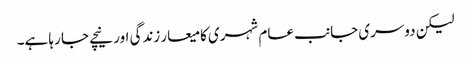
لیکن دوسری جانب عام شہری کا میعار زندگی اور نیچے جا رہا ہے۔